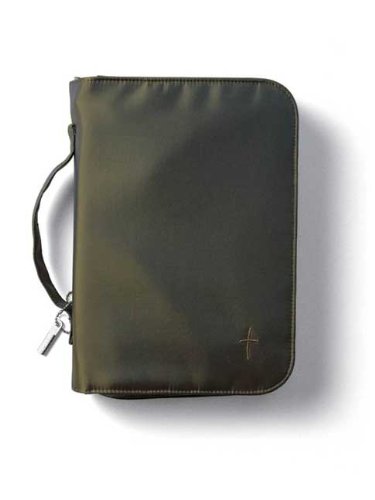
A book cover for Nylon Iridescent Bible Cover; Christian Books & Bibles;